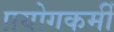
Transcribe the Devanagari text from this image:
प्रयोगकर्मी